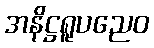
အနိဋ္ဌရူပညေဝ